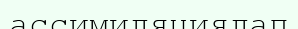
ассимиляциялап